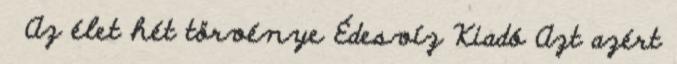
Az élet hét törvénye Édesvíz Kiadó Azt azért